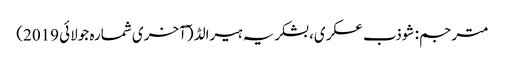
مترجم: شوذب عسکری، بشکریہ ہیرالڈ (ٓآخری شمارہ جولائی 2019)